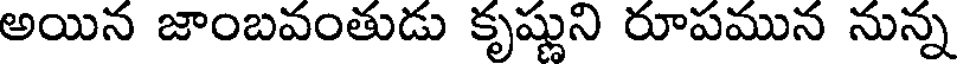
అయిన జాంబవంతుడు కృష్ణుని రూపమున నున్న